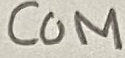
Text: COM